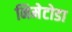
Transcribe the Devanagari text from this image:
निमेटोडा